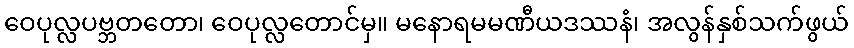
ဝေပုလ္လပဗ္ဘတတော၊ ဝေပုလ္လတောင်မှ။ မနောရမမဏီယဒဿနံ၊ အလွန်နှစ်သက်ဖွယ်